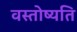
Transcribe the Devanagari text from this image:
वस्तोष्यति